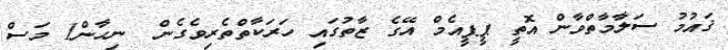
ޤައުމު ސަލާމާތްވާން އޮތީ ޕީޕީއެމް އޭގެ ޒާތުގައި ހަރަކާތްތެރިވެގެން  ނިހާން1 މަސް